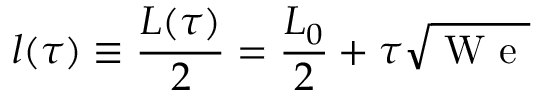
l ( \tau ) \equiv \frac { L ( \tau ) } 2 = \frac { L _ { 0 } } 2 + \tau \sqrt { \mathrm { ~ W ~ e ~ } }